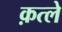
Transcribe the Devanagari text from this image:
क़त्ले